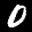
Label: 0